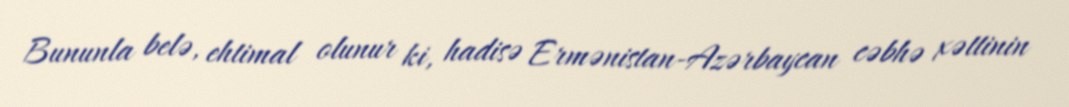
Bununla belə, ehtimal olunur ki, hadisə Ermənistan-Azərbaycan cəbhə xəttinin